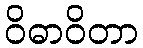
ဝိဓာဝိတာ